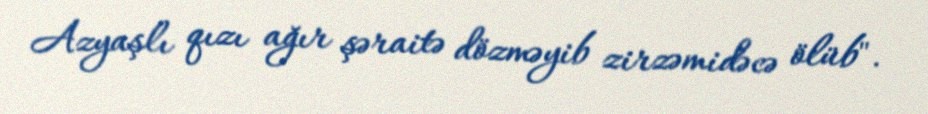
Azyaşlı qızı ağır şəraitə dözməyib zirzəmidəcə ölüb".